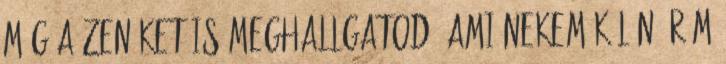
még a zenéket is meghallgatod, ami nekem külön öröm